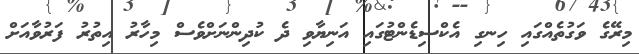
މިރޭގެ ވަގުތެއްގައި ހިނގި އެކްސިޑެންޓުގައި އަނިޔާވި ދެ ކުދިންނަށްވެސް މިހާރު އިތުރު ފަރުވާއަށް